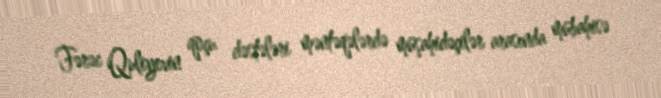
Fərəc Quliyevin qoçu dəstələri məntəqələrdə müşahidəçilər arasında mübahisə